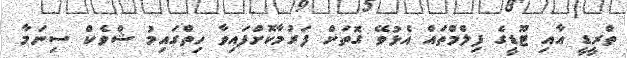
ތްރީޑީ އާއި ޓޫޑީގެ ފިލްމްތައް އެޅުވޭ ގޮތަށް ފަރުމާކޮށްފައިވާ ހިތްގައިމު ޝްވެކް ސިނަމާ